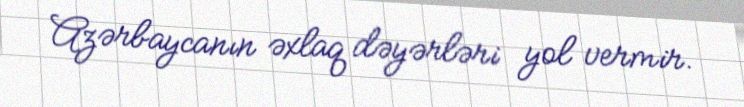
Azərbaycanın əxlaq dəyərləri yol vermir.